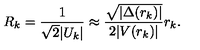
R _ { k } = \frac { 1 } { \sqrt { 2 } | U _ { k } | } \approx \frac { \sqrt { | \Delta ( r _ { k } ) | } } { 2 | V ( r _ { k } ) | } r _ { k } .